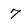
Character: 7